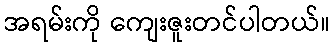
အရမ်းကို ကျေးဇူးတင်ပါတယ်။